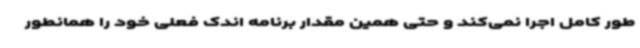
طور کامل اجرا نمی‌کند و حتی همین مقدار برنامه اندک فعلی خود را همانطور